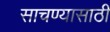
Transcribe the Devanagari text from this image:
साचण्यासाठी